King Institute of Preventive Medicine Micro-Biological Section reports 1912-19
Year: 1912
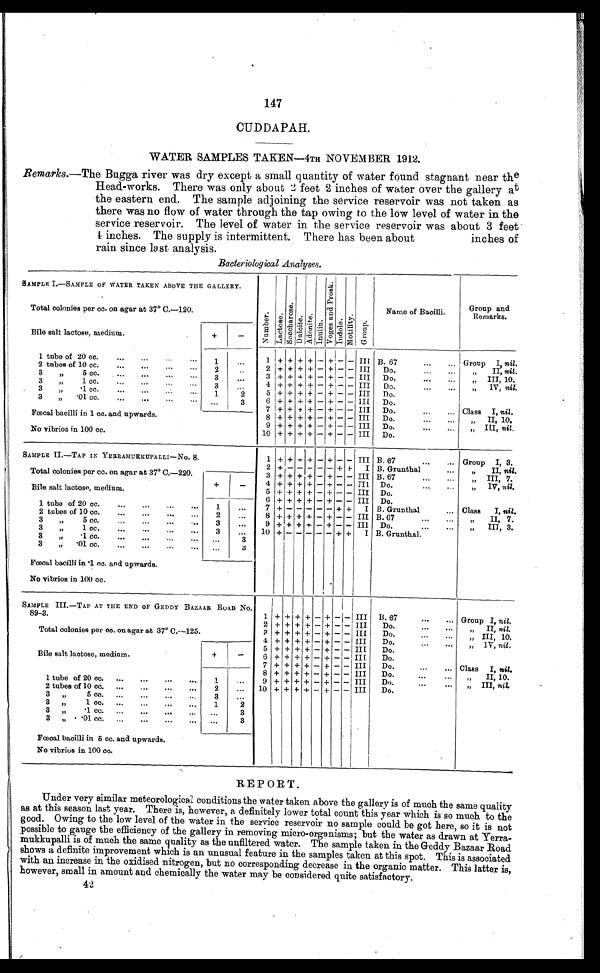
147
CUDDAPAH.
WATER SAMPLES TAKEN—4TH NO VEMBER 1912.
Remarks.—The Bugga river was dry except a small quantity of water found stagnant near the
Head-works. There was only about 2 feet 2 inches of water over the gallery at
the eastern end. The sample adjoining the service reservoir was not taken as
there was no flow of water through the tap owing to the low level of water in the
service reservoir. The level of water in the service reservoir was about 3 feet
4 inches. The supply is intermittent. There has been about inches of
rain since last analysis.
Bacteriological Analyses.
SAMPLE I.—SAMPLE OF WATER TAKEN ABOVE THE GALLERY.
Number . La c t o s e . S a c c h a r o s e . Dul ci t e. Adoni t e.
Inul i n.
V o g e s a n d P r o s k . I ndol e. Mot i l i t y. Group.
Name of Bacilli.
Group and
Remarks.
Total colonies per cc. on agar at 37° C.—120.
Bile salt lactose, medium.
+
-
1 tube of 20 cc.
...
...
...
1
...
1
+
+ + + - + - - III B. 67
...
... Group I, nil.
2 tubes of 10 cc.
...
...
...
...
2
...
2 + + + + - + - - III Do.
„ II, nil.
3
„ 5 cc.
...
....
....
3
. . .
3 + + + + - + - - III Do.
„ III, 10.
3
„ 1 cc.
...
...
3
. . .
4 + + + + - + - + III Do.
...
„ I V ,
n i l .
3
„
.1 cc.
...
...
...
1
2
5 + + + + - + - - III Do.
3
„
.01 cc. ... ... ... ...
...
3
6 + + + + - + - - III Do.
Fœcal bacilli in 1 cc. and upwards.
7 + + + + - + - - III Do.
...
... Class I, nil.
8 + + + + - + - - III Do.
II, 10.
9 + + + + - + - - III Do.
III, nil.
No vibrios in 100 cc.
10 + + + + - + - - III Do.
SAMPLE II—TAP IN YERRAMUKKUPALLI—NO. 8.
1
+
+ + + - + - - III B. 67
...
Group I, 3.
Total colonies per cc. on agar at 37° C.—220.
2 + -
- - - - + + I B. Grunthal
...
„
II, nil.
3 + + + + - + - - III B. 67
„ III, 7.
Bile salt lactose, medium.
+
-
4 + + + + - + - - III Do.
...
„ IV, nil.
5 + + + + - + - - III Do.
6 + + + + - + - - III Do.
1 tube of 20 cc.
1
. . . .
7
+ -
- - - - + + I B. Grunthal
... Class I, nil.
2 tubes of 10 cc.
...
...
...
2
. . .
8 + + + + - + - - III B. 67
„ II, 7.
3
„
5 cc,
...
...
..
.
3
. . .
9 + + + + - + - - III Do.
„ III, 3.
3
„ 1 cc.
...
...
..
.
3
...
10 + -
- - - - + + I B. Grunthal.
3
„
.1 cc.
...
...
...
...
. . .
3
3
„
.01 cc. ... ... ... ...
. . . 3
Fœcal bacilli in .1 cc. and upwards.
No vibrios in 100 cc.
SAMPLE III.—TAP AT THE END OF GEDDY BAZAAR. ROAD No.
89-3.
1 + + + + - + - - III
B. 67
...
... Group I, nil.
2 + + + + - + - - III
Do.
...
..
„ II, nil.
Total colonies per ca. on agar at 37° C.—125.
3 + + + + - + - - III
Do.
...
...
„ III, 10.
4 + + + + - + - - III
Do.
...
...
„ 1V, nil,
5 + + + + - + - - III
Do.
Bile salt lactose, medium.
+
-
6 + + + + - + - - III
Do.
7 + + + + - + - - III
Do.
...
... Class I, nil.
8 + + + + - + - - III
Do.
...
... „ II 10.
1 tube of 20 cc, ...
...
. . .
. . .
1
9 + + + + - + - - III
Do.
...
„ III, nil.
2 tubes of 10 cc. ...
...
...
...
2
...
10 + + + + - + - - III
Do.
3
„ 5 cc. ...
...
...
... 3
...
3 „
1 cc. ...
...
...
...
1
2
3 „
. 1
c c .
. . .
. . .
. . .
. . .
3
3 „ .01 cc. ...
...
...
...
. . .
3
Fœcal bacilli in 5 cc. and upwards.
No vibrios in 100 cc.
REPORT.
Under very similar meteorological. conditions the water taken above the gallery is of much the same quality
as at this season last year. There is, however, a definitely lower total count this year which is so much to the
good. Owing to the low level of the water in the service reservoir no sample could be got here, so it is not
possible to gauge the efficiency of the gallery in removing micro-organisms; but the water as drawn at Yerra-
mukkupalli is of much the same quality as the unfiltered water. The sample taken in the Geddy Bazaar Road
shows a definite improvement which is an unusual feature in the samples taken at this spot. This is associated
with an increase in the oxidised nitrogen, but no corresponding decrease in the organic matter. This latter is,
however, small in amount and chemically the water may be considered quite satisfactory.
4 2